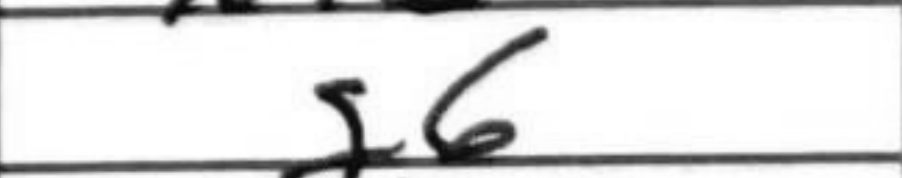
Transcription: g6